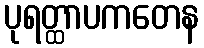
ပုရတ္ထာပကတေန